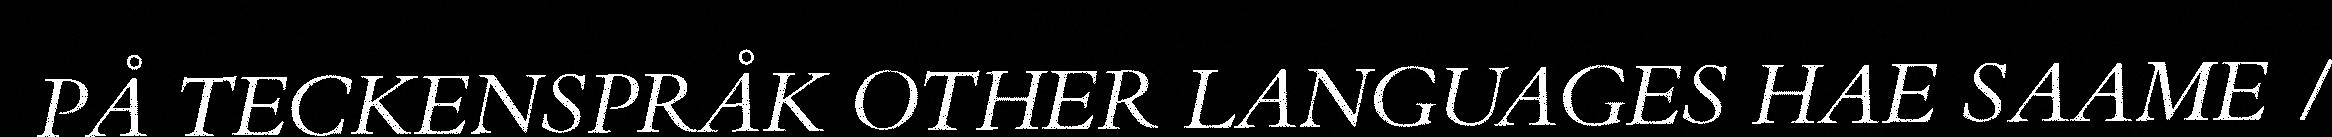
PÅ TECKENSPRÅK OTHER LANGUAGES HAE SAAME /